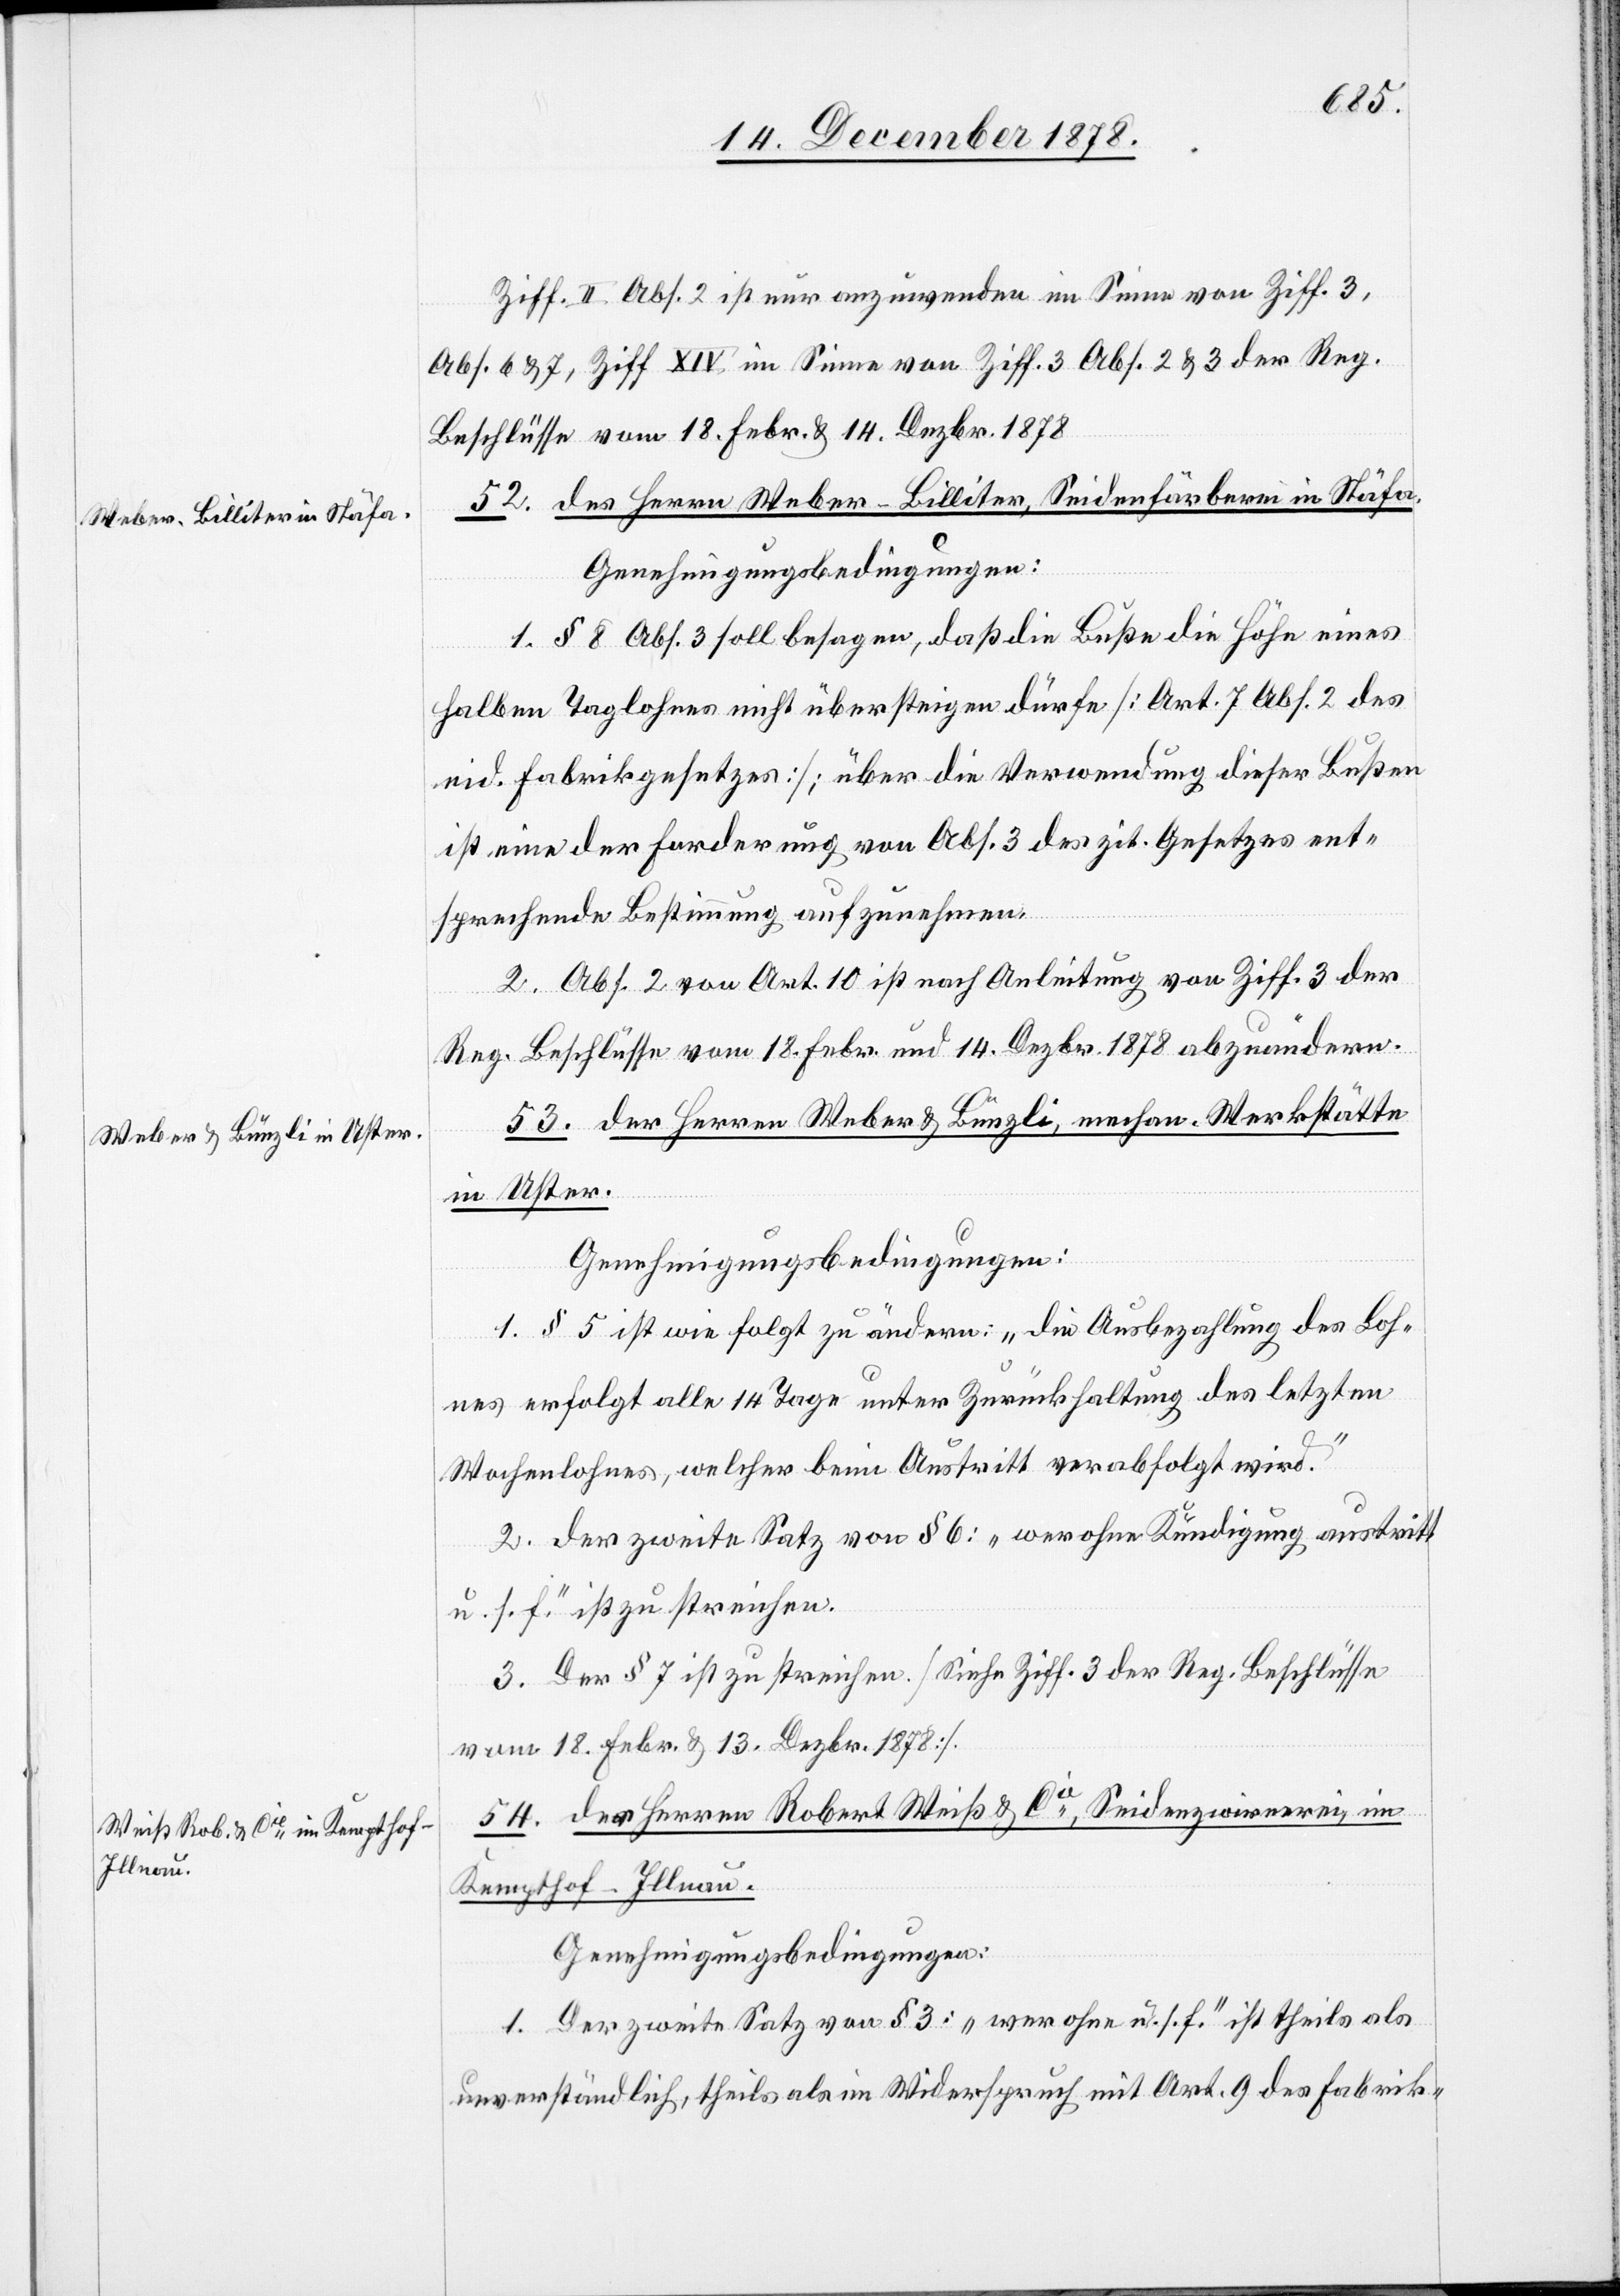
Ziff. II. Abs. 2 ist nur anzuwenden im Sinne von Ziff. 3,
Abs. 6 & 7, Ziff. XIV im Sinne von Ziff. 3 Abs. 2 &4 der Reg.
Beschlüsse vom 18. Febr. & 14. Dezbr. 1878.
52. des Herren Weber-Billiter, Seidenfärberei in Stäfa.
Genehmigungsbedingungen:
1. § 8 Abs. 3 soll besagen, daß die Buße die Höhe eines
halben Taglohnes nicht übersteigen dürfe [Art. 7 Abs. 2 des
eid. Fabrikgesetzes]; über die Verwendung dieser Bußen
ist eine der Forderung von Abs. 3 des zit. Gesetzes ent¬
sprechende Bestimmung aufzunehmen.
2. Abs. 2 von Art. 10 ist nach Anleitung von Ziff. 3 der
Reg. Beschlüsse vom 18. Febr. und 14. Dezbr. 1878 abzuändern.
53. der Herren Weber & Bünzli, mechan. Werkstätte
in Uster.
Genehmigungsbedingungen:
1. § 5 ist wie folgt zu ändern: „die Ausbezahlung des Loh¬
nes erfolgt alle 14 Tage unter Zurückhaltung des letzten
Wochenlohnes, welcher beim Austritt verabfolgt wird.“
2. der zweite Satz von § 6: „wer ohne Kündigung austritt
u. s. f.“ ist zu streichen.
3. Der § 7 ist zu streichen. [Siehe Ziff. 3 der Reg. Beschlüsse
vom 18. Febr. & 13. Dezbr. 1878].
54. der Herren Robert Weiß & Cie, Seidenzwirnerei, im
Kempthof - Illnau.
Genehmigungsbedingungen:
1. Der zweite Satz von § 3: „wer ohne u. s. f.“ ist theils als
unverständlich, theils als im Widerspruch mit Art. 9 des Fabrik-